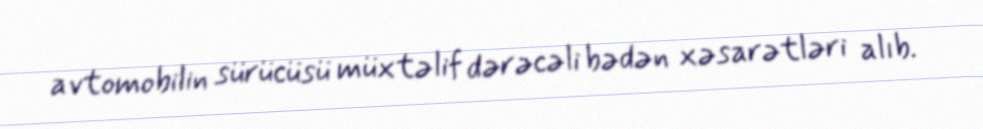
avtomobilin sürücüsü müxtəlif dərəcəli bədən xəsarətləri alıb.